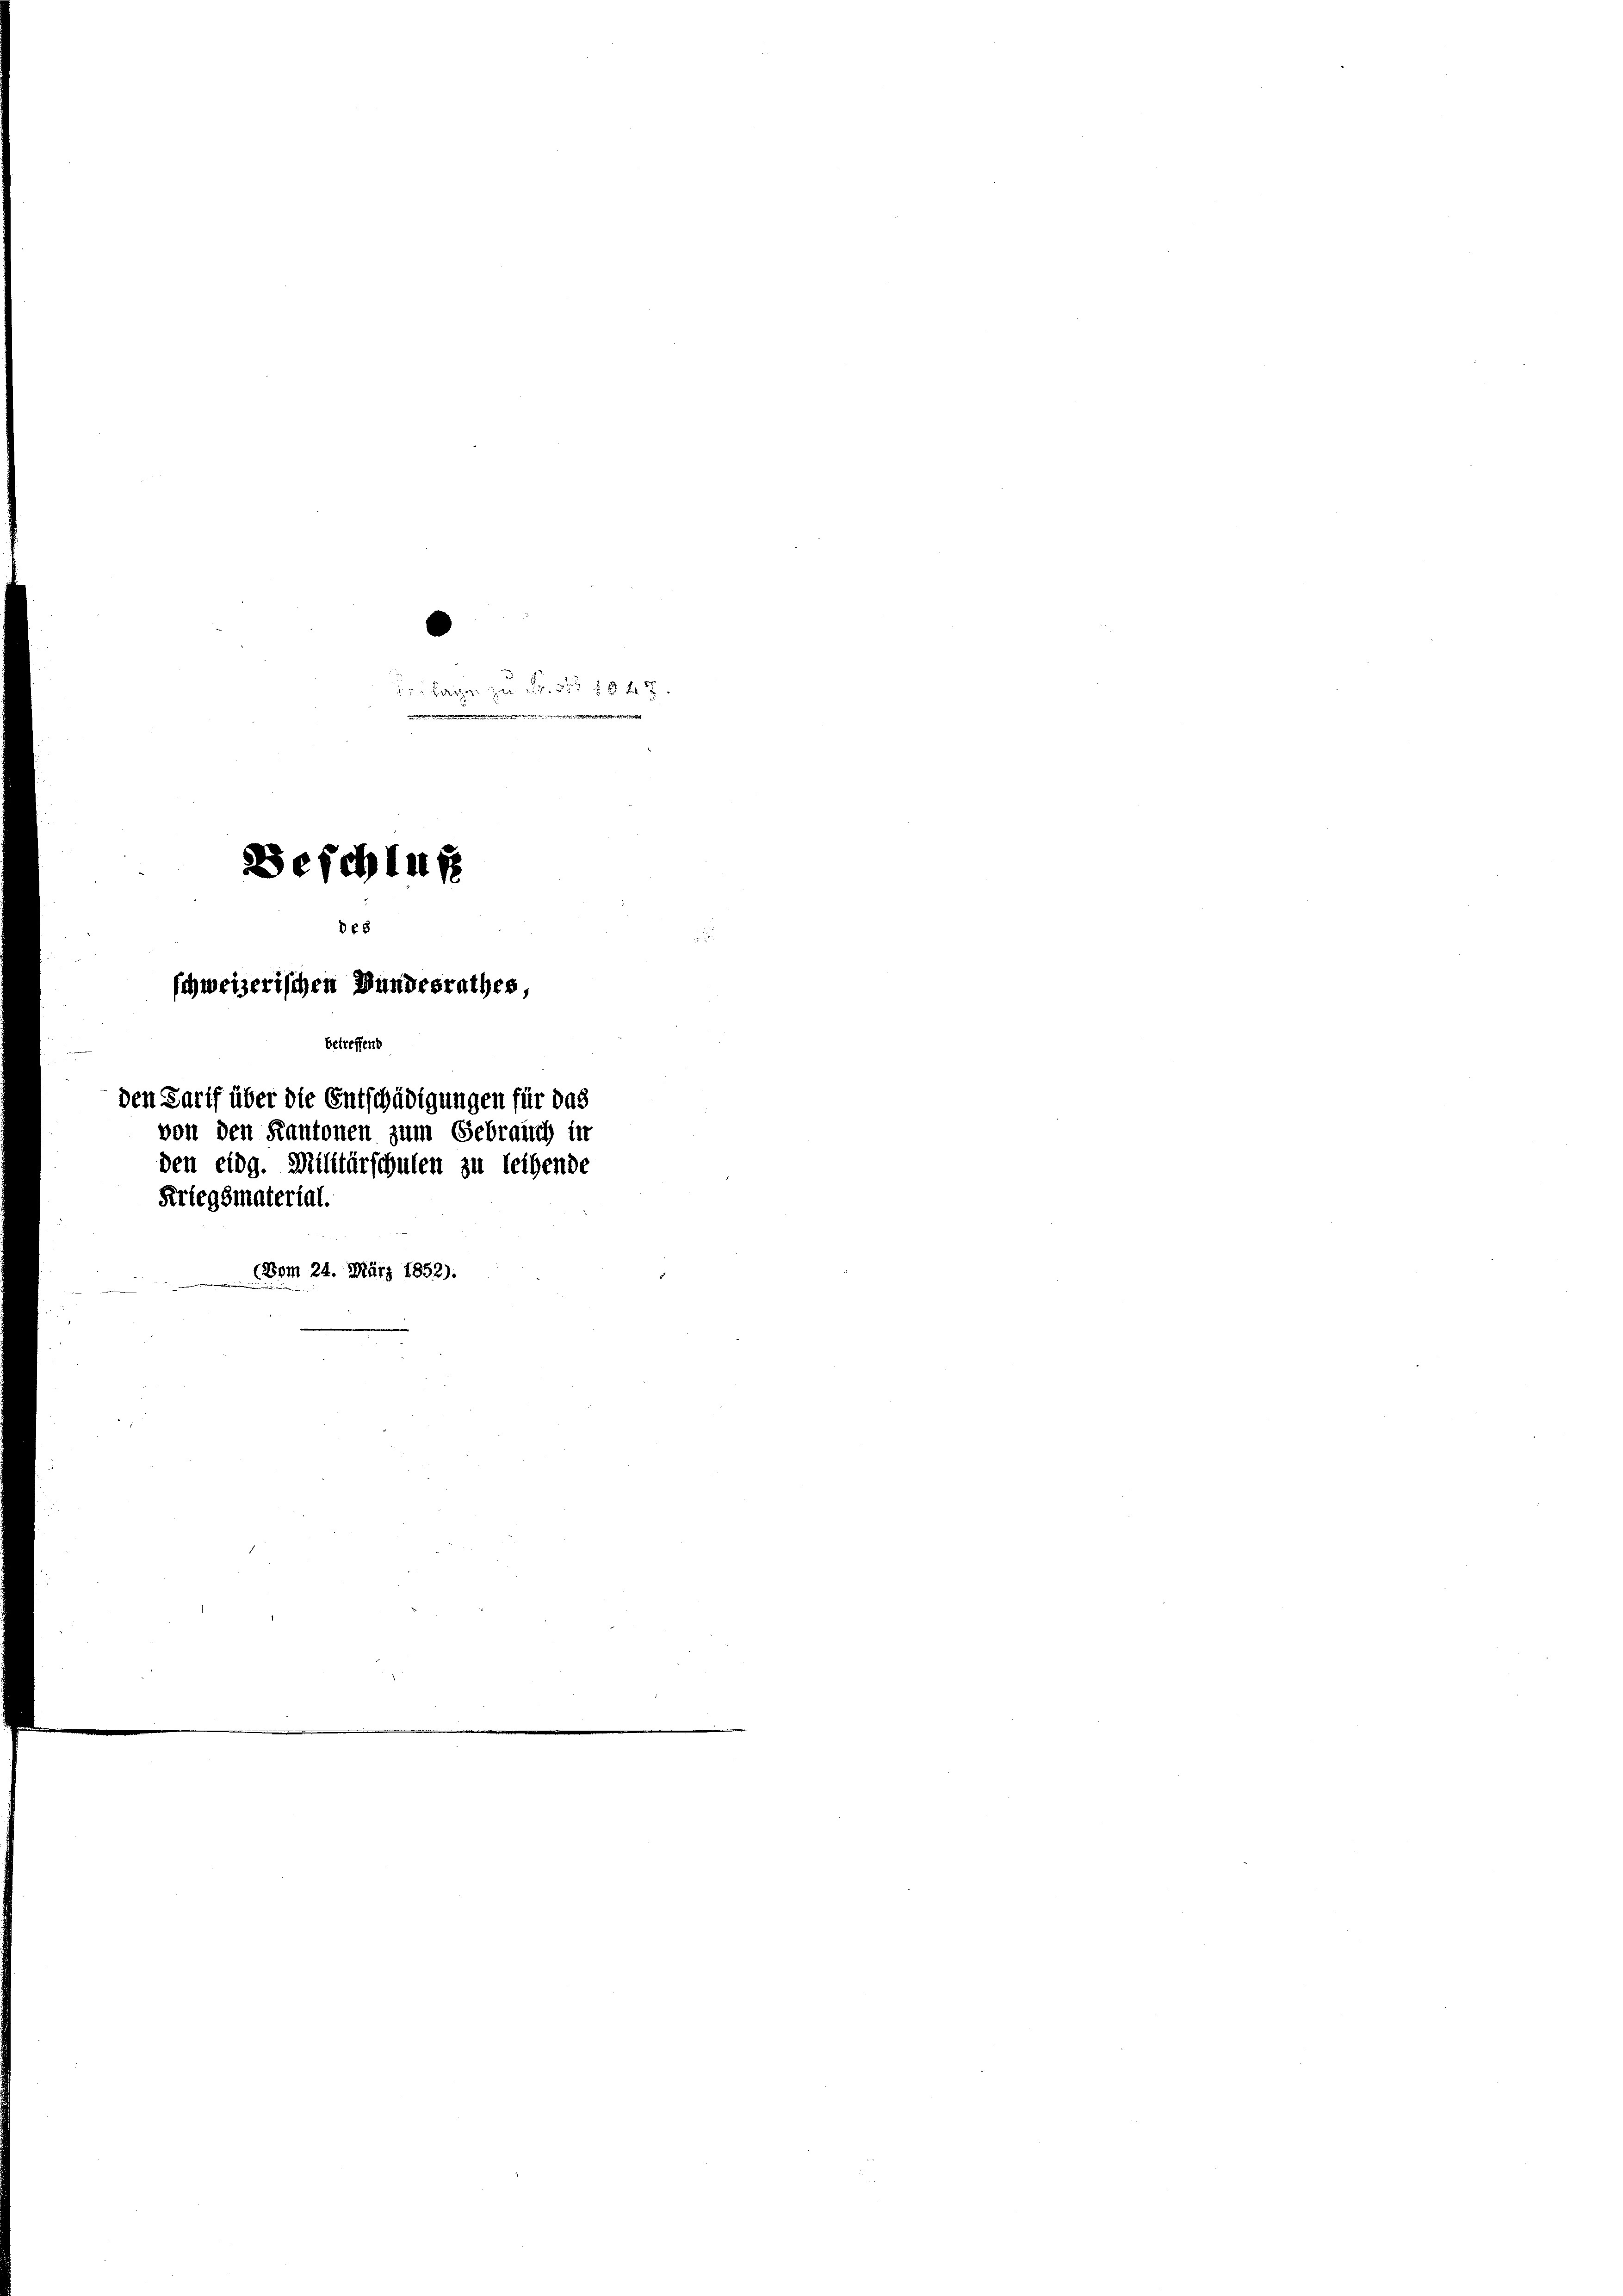
Beschluß
de8
schweizerischen Wundesrathes,
betreffend
den Tarif über die Entschädigungen für das
von den Kantonen zum Gebrauch in
den eidg. Militärschulen zu leibende
Kriegsmaterial.
(Dom 24. März 1852).

Laizen zu de 18 x
.